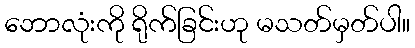
ဘောလုံးကို ရိုက်ခြင်းဟု မသတ်မှတ်ပါ။